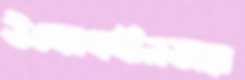
উদ্যোগহীনতার